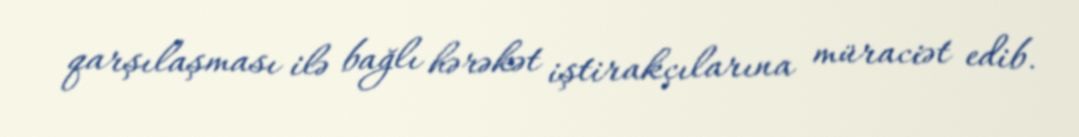
qarşılaşması ilə bağlı hərəkət iştirakçılarına müraciət edib.